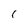
Character: 1